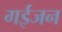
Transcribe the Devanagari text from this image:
गईजन